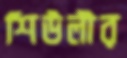
শিউলীর